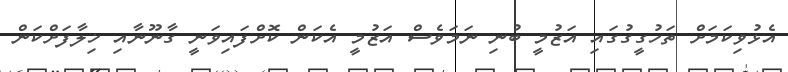
އެޅުވިކަމަށް ތަހުގީގުގައި އަޒުމީ ބުނި ނަމަވެސް އަޒުމީ އެކަން ކޮށްފައިވަނީ ގާނޫނާއި ޚިލާފަށްކަން